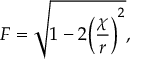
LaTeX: F = \sqrt { 1 - 2 \bigg ( { \frac { \chi } { r } } \bigg ) ^ { 2 } } ,